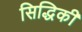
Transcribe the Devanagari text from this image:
सिद्धिकी